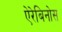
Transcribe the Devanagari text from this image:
ऐरेबिनोस